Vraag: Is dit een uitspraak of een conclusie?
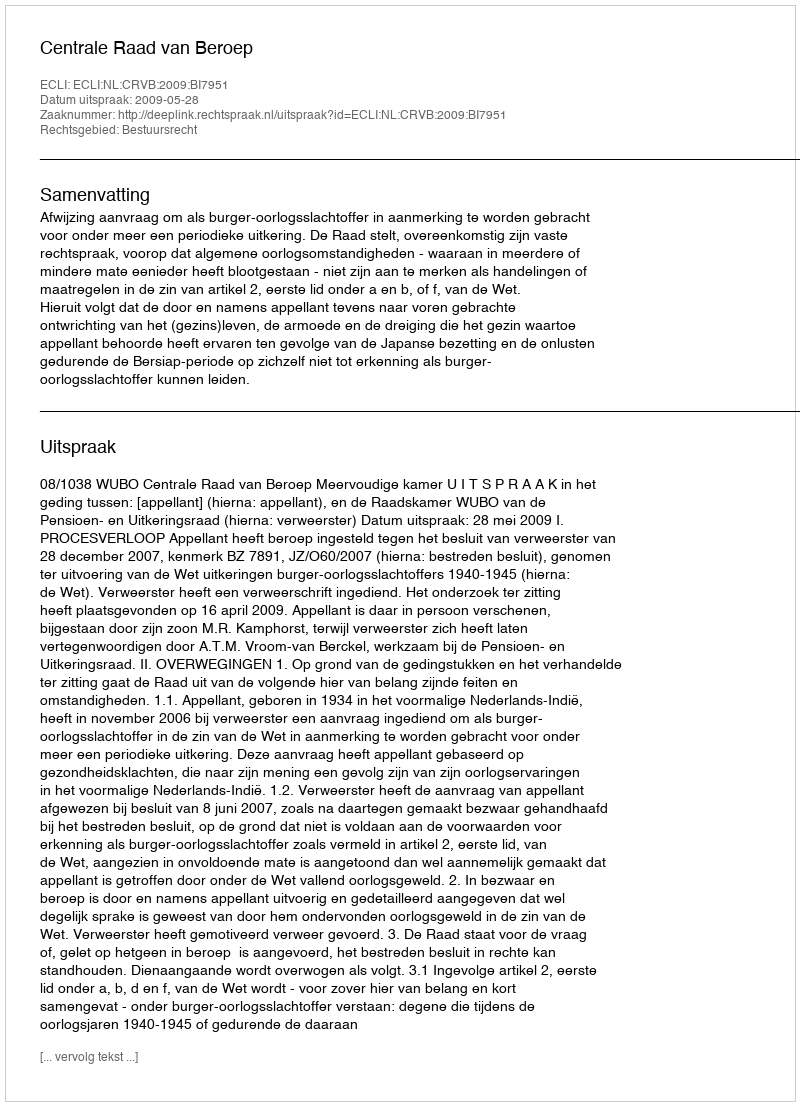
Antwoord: Uitspraak